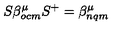
S \beta _ { o c m } ^ { \mu } S ^ { + } = \beta _ { n q m } ^ { \mu }